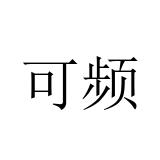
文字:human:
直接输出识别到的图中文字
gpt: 可频